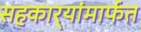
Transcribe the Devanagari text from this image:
सहकार्‍यांमार्फत